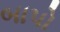
બાપો